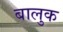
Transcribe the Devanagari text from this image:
बालुक